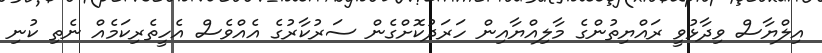
އިލްޔާސް ވިދާޅުވީ ރައްޔިތުންގެ މާާލިއްޔާއިން ހަރަދުކޮށްގެން ސަރުކާާރުގެ އެއްވެސް އެހީތެރިކަމެއް ނެތި ކުނި